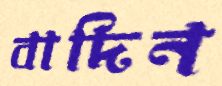
বাদিন